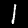
Label: 1